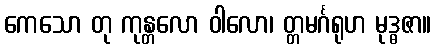
ကေသော တု ကုန္တလော ဝါလော၊ တ္တမင်္ဂရုဟ မုဒ္ဓဇာ။